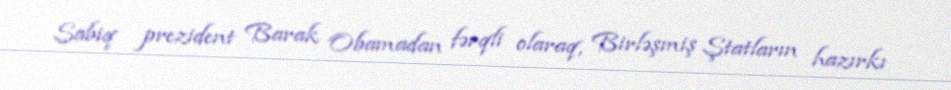
Sabiq prezident Barak Obamadan fərqli olaraq, Birləşmiş Ştatların hazırkı